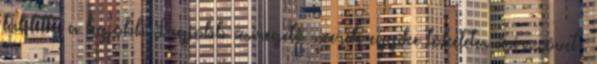
tabletta a legjobb Legjobb zsírégető szerek egyike tökéletes zsírszövet-